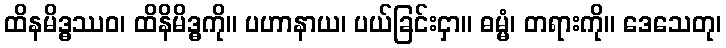
ထိနမိဒ္ဓဿဝ၊ ထိနိမိဒ္ဓကို။ ပဟာနာယ၊ ပယ်ခြင်းငှာ။ ဓမ္မံ၊ တရားကို။ ဒေသေတု၊